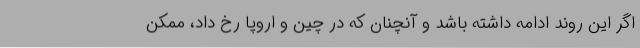
اگر این روند ادامه داشته باشد و آنچنان که در چین و اروپا رخ داد، ممکن